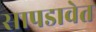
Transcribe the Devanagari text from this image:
सापडावेत